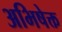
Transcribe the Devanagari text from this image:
अभिषेक्त